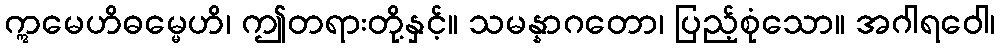
ဣမေဟိဓမ္မေဟိ၊ ဤတရားတို့နှင့်။ သမန္နာဂတော၊ ပြည့်စုံသော။ အဂါရဝေါ၊